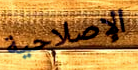
الإصلاحية